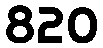
820